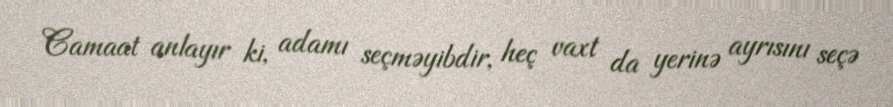
Camaat anlayır ki, adamı seçməyibdir, heç vaxt da yerinə ayrısını seçə